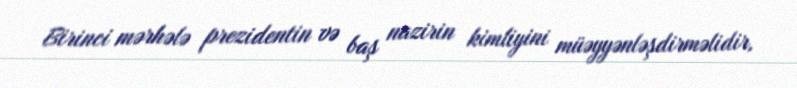
Birinci mərhələ prezidentin və baş nazirin kimliyini müəyyənləşdirməlidir,